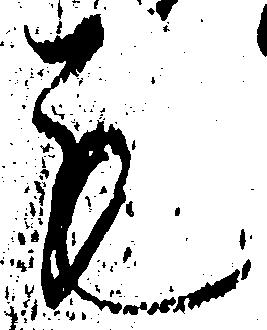
も